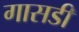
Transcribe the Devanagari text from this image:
गासडी